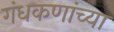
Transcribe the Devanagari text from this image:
गंधकणांच्या